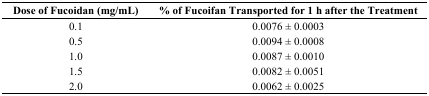
<table><thead><tr><td><b>Dose of Fucoidan (mg/mL)</b></td><td><b>% of Fucoifan Transported for 1 h after the Treatment</b></td></tr></thead><tbody><tr><td>0.1</td><td>0.0076 ± 0.0003</td></tr><tr><td>0.5</td><td>0.0094 ± 0.0008</td></tr><tr><td>1.0</td><td>0.0087 ± 0.0010</td></tr><tr><td>1.5</td><td>0.0082 ± 0.0051</td></tr><tr><td>2.0</td><td>0.0062 ± 0.0025</td></tr></tbody></table>